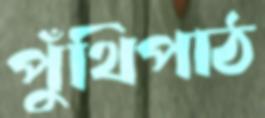
পুঁথিপাঠ